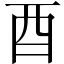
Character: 酉